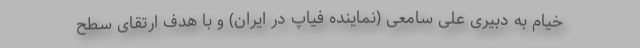
خیام به دبیری علی سامعی (نماینده فیاپ در ایران) و با هدف ارتقای سطح